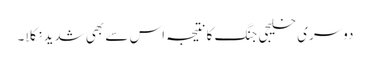
دوسری خلیجی جنگ کا نتیجہ اس سے بھی شدید نکلا۔